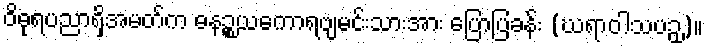
ဝိဓုရပညာရှိအမတ်က ဓနဉ္စယကောရဗျမင်းသားအား ပြောပြခန်း (ဃရာဝါသပဉှ)။